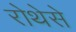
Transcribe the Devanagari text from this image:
रोथेसे